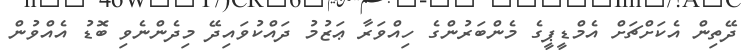
ދޭތިން އެކަށްޗަށް އެމްޑީޕީގެ މެންބަރުންގެ ހިއްވަރާ ޢަޒުމު ދައްކުވައިދޭ މިދެންނެވި ބޮޑު އެއްވުން